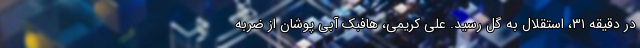
در دقیقه ۳۱، استقلال به گل رسید. علی کریمی، هافبک آبی پوشان از ضربه